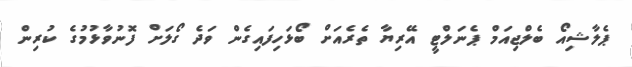
ޕެލާޝިއޯ ބެލްޖިއަމް ޕެނަލްޓީ އޭރިޔާ ތެރެއަށް ބޯޅަހިފައިގެން ވަދެ ގޯލަށް ފޮނުވާޅުމުގެ ކުރިން